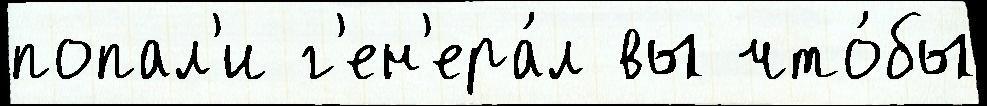
попал'и г'ен'ера́л вы что́бы